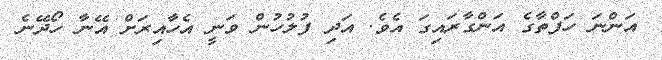
އަންނަ ހަފްތާގެ އަންގާރައިގަ އެވެ. އަދި ފުލުހުން ވަނީ އެހާއިރަށް އޭނާ ހޯދޭނެ